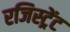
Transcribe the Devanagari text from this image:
रजिस्ट्रेंट